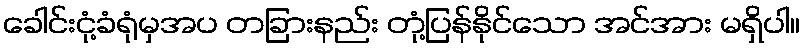
ခေါင်းငုံ့ခံရုံမှအပ တခြားနည်း တုံ့ပြန်နိုင်သော အင်အား မရှိပါ။